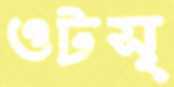
ওটস্